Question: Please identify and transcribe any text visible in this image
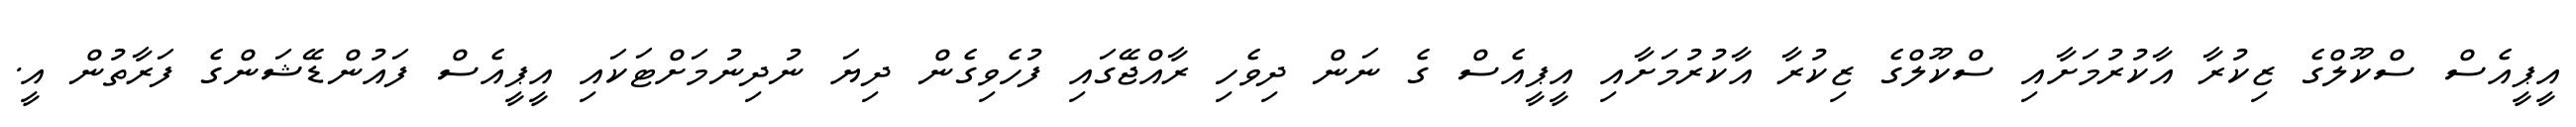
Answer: އީޕީއެސް ސްކޫލްގެ ޒިކުރާ އާކުރުމަށާއި ސްކޫލްގެ ޒިކުރާ އާކުރުމަށާއި އީޕީއެސް ގެ ނަން ދިވެހި ރާއްޖޭގައި ފުހެވިގެން ދިޔަ ނުދިނުމަށްޓަކައި އީޕީއެސް ފައުންޑޭޝަންގެ ފަރާތުން އީ.